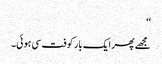
‘‘
مجھے پھر ایک بار کوفت سی ہوئی۔